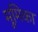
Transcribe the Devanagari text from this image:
मूमिका